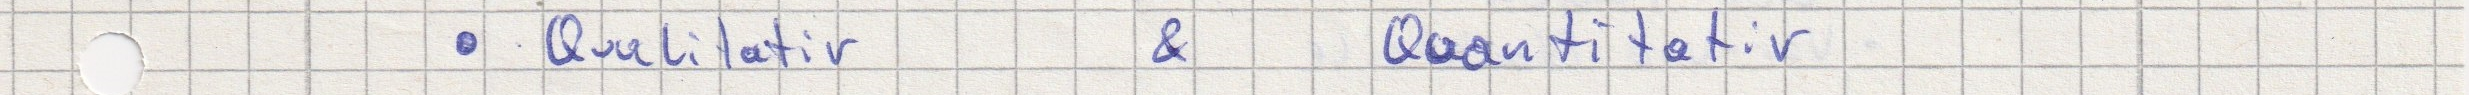
- Qualitativ & Quantitativ